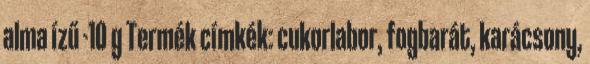
alma ízű -10 g Termék címkék: cukorlabor, fogbarát, karácsony,